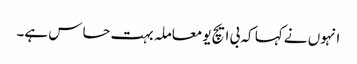
انہوں نے کہا کہ بی ایچ یو معاملہ بہت حساس ہے۔